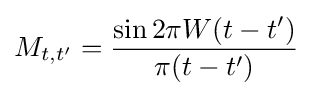
M_{t,t'}={\frac {\sin 2\pi W(t-t')}{\pi (t-t')}}